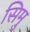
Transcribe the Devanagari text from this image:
सिमु